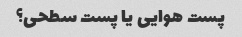
پست هوایی یا پست سطحی؟